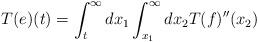
LaTeX: \begin{align*} T(e)(t) = \int_{t}^{\infty} dx_{1}\int_{x_{1}}^{\infty} dx_{2} T(f)''(x_{2})\end{align*}